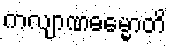
ကလျာဏဓမ္မောတိ